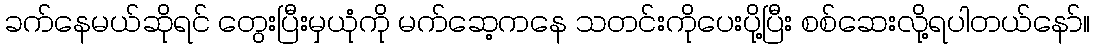
ခက်နေမယ်ဆိုရင် တွေးပြီးမှယုံကို မက်ဆေ့ကနေ သတင်းကိုပေးပို့ပြီး စစ်ဆေးလို့ရပါတယ်နော်။